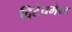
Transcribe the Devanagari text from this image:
दिटेचमेन्ट